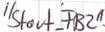
Text: "Start_FB2"